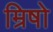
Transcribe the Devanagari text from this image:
म्रिषो